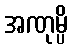
အဏုမ္ပိ